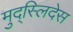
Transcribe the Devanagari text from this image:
मुद्स्लिदेस